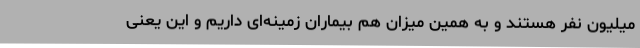
میلیون نفر هستند و به همین میزان هم بیماران زمینه‌ای داریم و این یعنی